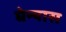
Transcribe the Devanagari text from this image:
घेन्यास